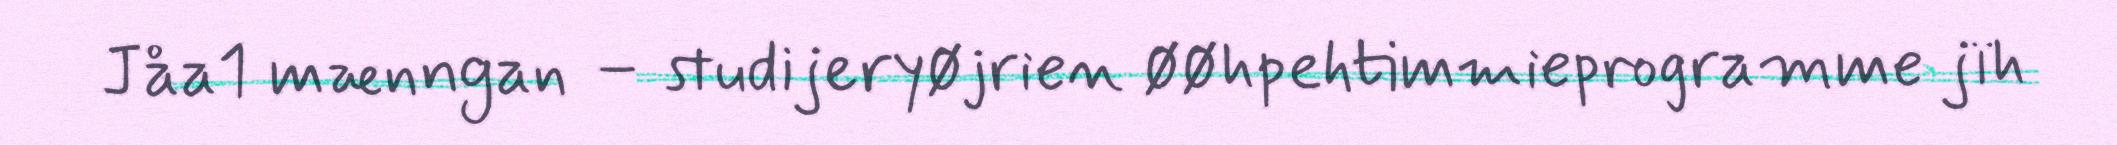
Jåa1 mænngan – studijeryøjrien øøhpehtimmieprogramme jïh